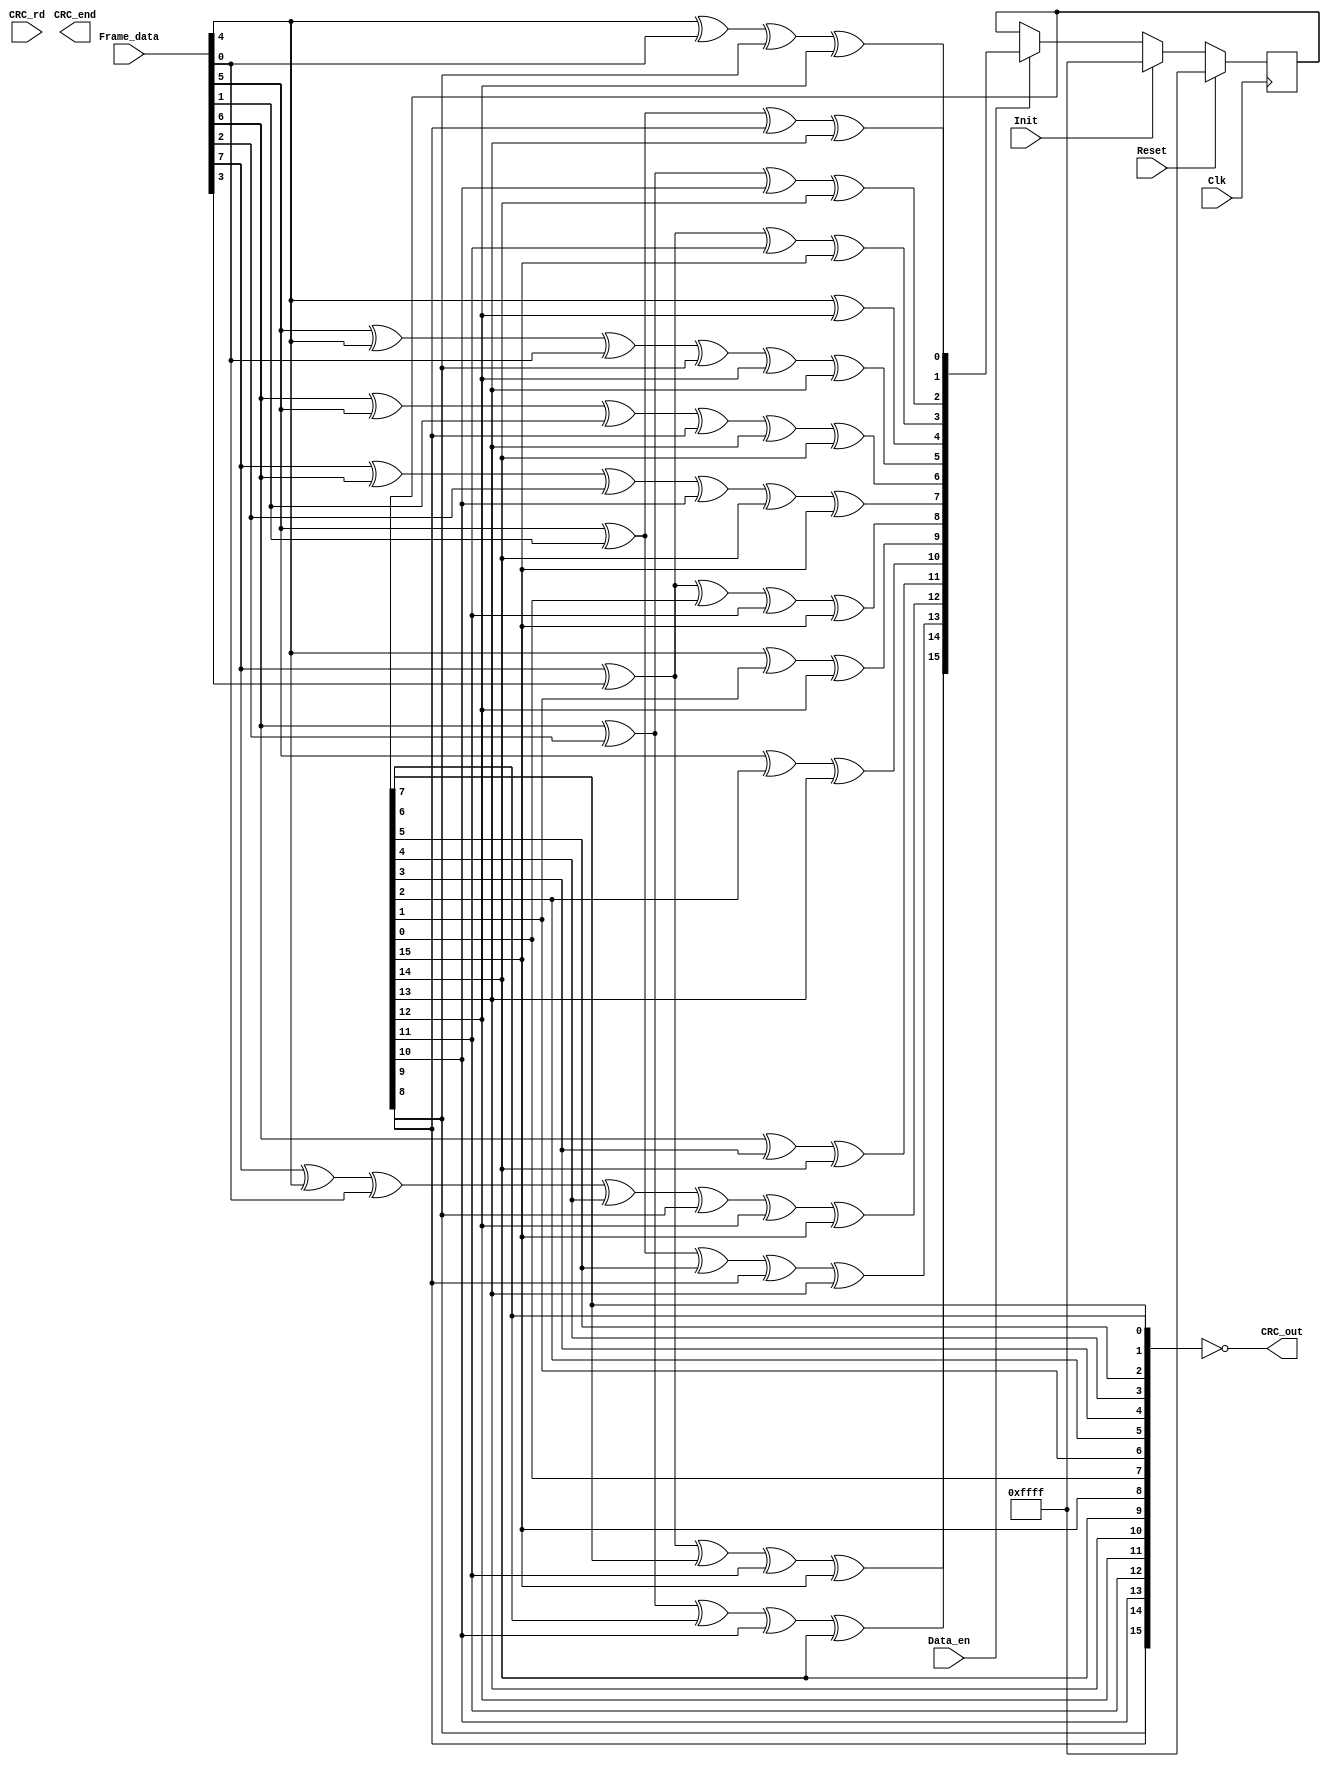
////////////////////////////////////////////////////////////////////////////////
// Copyright (C) 1999-2008 Easics NV.
// This source file may be used and distributed without restriction
// provided that this copyright statement is not removed from the file
// and that any derivative work contains the original copyright notice
// and the associated disclaimer.
//
// THIS SOURCE FILE IS PROVIDED "AS IS" AND WITHOUT ANY EXPRESS
// OR IMPLIED WARRANTIES, INCLUDING, WITHOUT LIMITATION, THE IMPLIED
// WARRANTIES OF MERCHANTIBILITY AND FITNESS FOR A PARTICULAR PURPOSE.
//
// Purpose : synthesizable CRC function
//   * polynomial: (0 5 12 16)
//   * data width: 8
//
// Info : tools@easics.be
//        http://www.easics.com
////////////////////////////////////////////////////////////////////////////////

`default_nettype none

module crc16_gen (
    input  wire Reset
  , input  wire Clk
  , input  wire Init
  , input  wire [7:0] Frame_data
  , input  wire Data_en
  , input  wire CRC_rd
  , output wire [15:0] CRC_out
  , output reg  CRC_end
);

reg [15:0] CRC_reg;

function [15:0] NextCRC16;
  input [ 7:0] d;
  input [15:0] c;
  reg   [15:0] newcrc;
begin
  newcrc[ 0] = d[4] ^ d[0] ^ c[8] ^ c[12];
  newcrc[ 1] = d[5] ^ d[1] ^ c[9] ^ c[13];
  newcrc[ 2] = d[6] ^ d[2] ^ c[10] ^ c[14];
  newcrc[ 3] = d[7] ^ d[3] ^ c[11] ^ c[15];
  newcrc[ 4] = d[4] ^ c[12];
  newcrc[ 5] = d[5] ^ d[4] ^ d[0] ^ c[8] ^ c[12] ^ c[13];
  newcrc[ 6] = d[6] ^ d[5] ^ d[1] ^ c[9] ^ c[13] ^ c[14];
  newcrc[ 7] = d[7] ^ d[6] ^ d[2] ^ c[10] ^ c[14] ^ c[15];
  newcrc[ 8] = d[7] ^ d[3] ^ c[0] ^ c[11] ^ c[15];
  newcrc[ 9] = d[4] ^ c[1] ^ c[12];
  newcrc[10] = d[5] ^ c[2] ^ c[13];
  newcrc[11] = d[6] ^ c[3] ^ c[14];
  newcrc[12] = d[7] ^ d[4] ^ d[0] ^ c[4] ^ c[8] ^ c[12] ^ c[15];
  newcrc[13] = d[5] ^ d[1] ^ c[5] ^ c[9] ^ c[13];
  newcrc[14] = d[6] ^ d[2] ^ c[6] ^ c[10] ^ c[14];
  newcrc[15] = d[7] ^ d[3] ^ c[7] ^ c[11] ^ c[15];
  NextCRC16 = newcrc;
end
endfunction

always @ (negedge Clk)
  if (Reset)
    CRC_reg <= 16'hffff;
  else
    CRC_reg <= Init ? 16'hffff : Data_en ? NextCRC16(Frame_data, CRC_reg) : CRC_reg;

assign CRC_out = ~{ CRC_reg[ 8],CRC_reg[ 9],CRC_reg[10],CRC_reg[11],CRC_reg[12],CRC_reg[13],CRC_reg[14],CRC_reg[15],
                    CRC_reg[ 0],CRC_reg[ 1],CRC_reg[ 2],CRC_reg[ 3],CRC_reg[ 4],CRC_reg[ 5],CRC_reg[ 6],CRC_reg[ 7] };

endmodule

`default_nettype wire